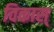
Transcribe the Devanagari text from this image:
विकास्